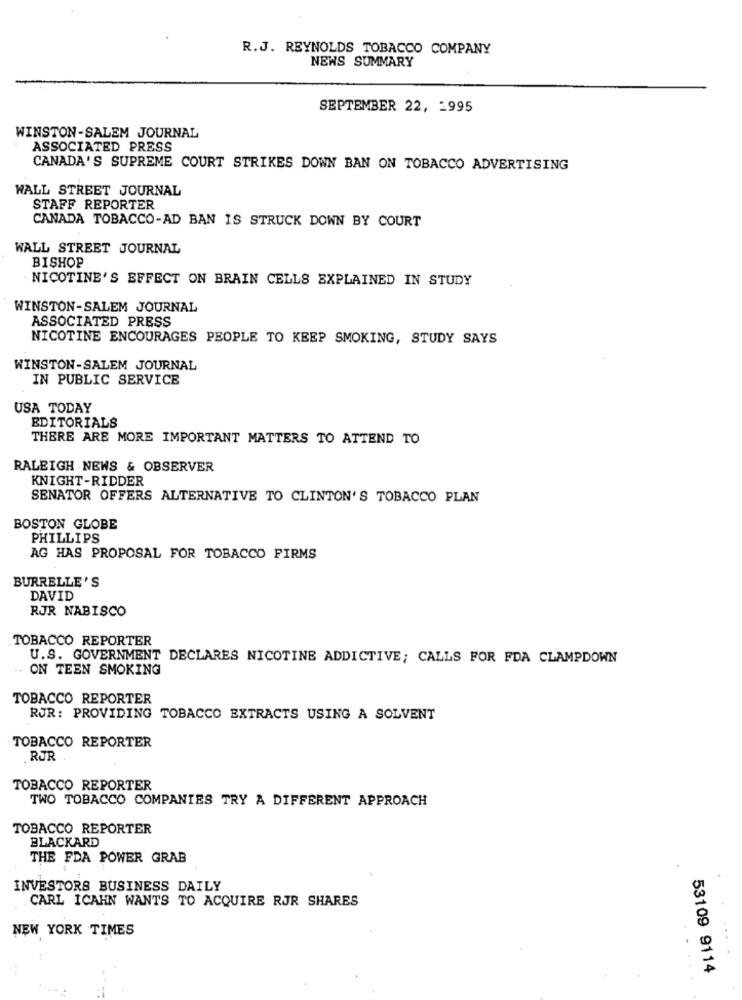
R.J. REYNOLDS TOBACCO COMPANY
NEWS SUMMARY
SEPTEMBER 22, 2995
WINSTON-SALEM JOURNAL
ASSOCIATED PRESS
CANADA'S SUPREME COURT STRIKES DOWN BAN ON TOBACCO ADVERTISING
WALL STREET JOURNAL
STAFF REPORTER
CANADA TOBACCO-AD BAN IS STRUCK DOWN BY COURT
WALL STREET JOURNAL
BISHOP
NICOTINE'S EFFECT ON BRAIN CELLS EXPLAINED IN STUDY
WINSTON-SALEM JOURNAL
ASSOCIATED PRESS
NICOTINE ENCOURAGES PEOPLE TO KEEP SMOKING, STUDY SAYS
WINSTON-SALEM JOURNAL
IN PUBLIC SERVICE
USA TODAY
EDITORIALS
THERE ARE MORE IMPORTANT MATTERS TO ATTEND TO
RALEIGH NEWS & OBSERVER
KNIGHT-RIDDER
SENATOR OFFERS ALTERNATIVE TO CLINTON'S TOBACCO PLAN
BOSTON GLOBE
PHILLIPS
AG HAS PROPOSAL FOR TOBACCO FIRMS
BURRELLE'S
DAVID
RJR NABISCO
TOBACCO REPORTER
U.S. GOVERNMENT DECLARES NICOTINE ADDICTIVE; CALLS FOR FDA CLAMPDOWN
ON TEEN SMOKING
TOBACCO REPORTER
RUR: PROVIDING TOBACCO EXTRACTS USING A SOLVENT
TOBACCO REPORTER
RJR
TOBACCO REPORTER
TWO TOBACCO COMPANIES TRY A DIFFERENT APPROACH
TOBACCO REPORTER
BLACKARD
THE FDA POWER GRAB
INVESTORS BUSINESS DAILY
CARL ICAHN WANTS TO ACQUIRE RJR SHARES
NEW YORK TIMES
53109 9114